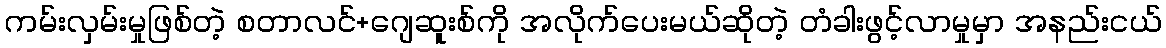
ကမ်းလှမ်းမှုဖြစ်တဲ့ စတာလင်+ဂျေဆူးစ်ကို အလိုက်ပေးမယ်ဆိုတဲ့ တံခါးဖွင့်လာမှုမှာ အနည်းငယ်